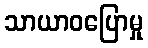
သာယာဝပြောမှု